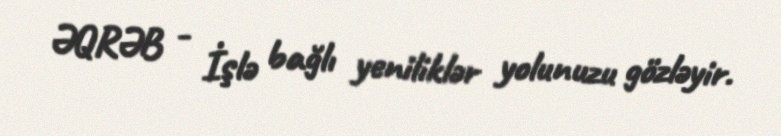
ƏQRƏB - İşlə bağlı yeniliklər yolunuzu gözləyir.